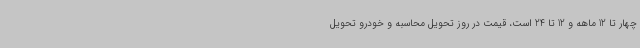
چهار تا 12 ماهه و 12 تا 24 است، قیمت در روز تحویل محاسبه و خودرو تحویل